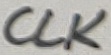
Text: CLK